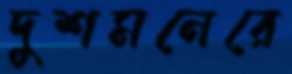
দুশমনেরে